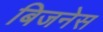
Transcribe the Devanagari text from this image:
बिजनेस